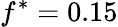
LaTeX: f^{*}=0.15